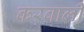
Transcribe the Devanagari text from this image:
करवाली